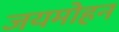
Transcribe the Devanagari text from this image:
जयमोहन